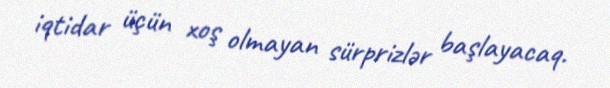
iqtidar üçün xoş olmayan sürprizlər başlayacaq.